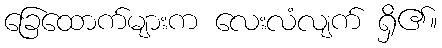
ခြေထောက်များက လေးလံလျက် ရှိ၏။